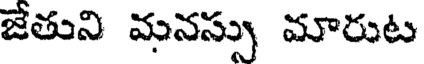
జేతుని మనస్సు మారుట